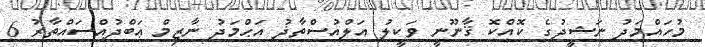
މުހައްމަދު ނަޝީދުގެ ކޮއްކޮ ޤާނޫނީ ވަކީލު އަލްއުސްތާޛު އަޙްމަދު ނާޒިމް ޢަބްދުއްސައްތާރު 6